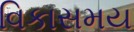
વિકાસમય